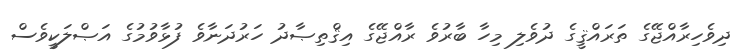
ދިވެހިރާއްޖޭގެ ތަރައްޤީގެ ދުވެލި މިހާ ބާރުވެ ރާއްޖޭގެ އިޤްތިޞާދު ހަރުދަނާވެ ފުޅާވުމުގެ އަޞްލަކީވެސް